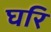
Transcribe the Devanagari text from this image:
घरि